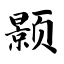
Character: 颢